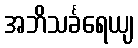
အဘိသင်္ခရေယျ